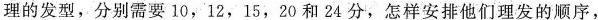
理的发型，分别需要10，12，15，20和24分，怎样安排他们理发的顺序，